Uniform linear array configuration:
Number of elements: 16
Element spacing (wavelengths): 0.75
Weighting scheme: cosine
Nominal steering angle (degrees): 45
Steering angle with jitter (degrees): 45.823
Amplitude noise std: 0.05
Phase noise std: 0.05

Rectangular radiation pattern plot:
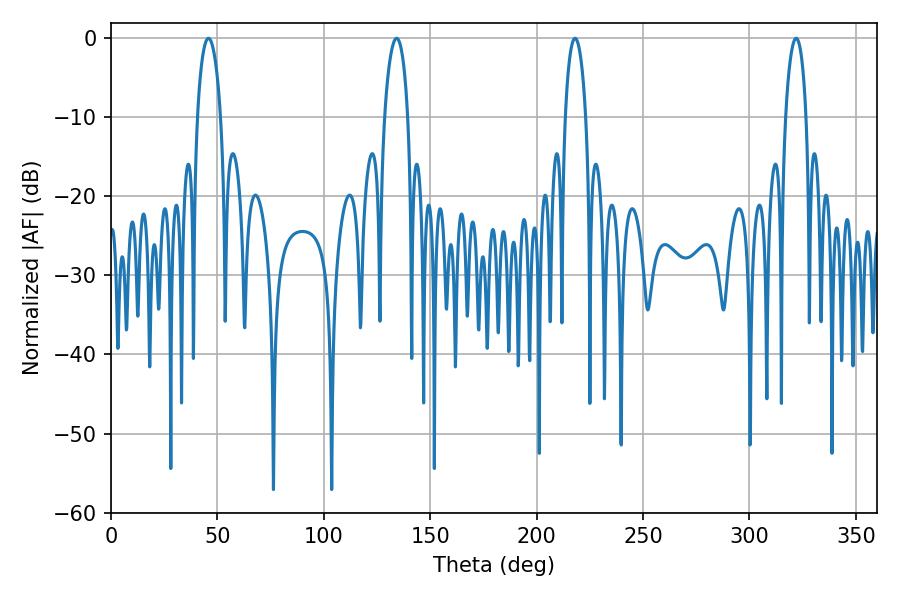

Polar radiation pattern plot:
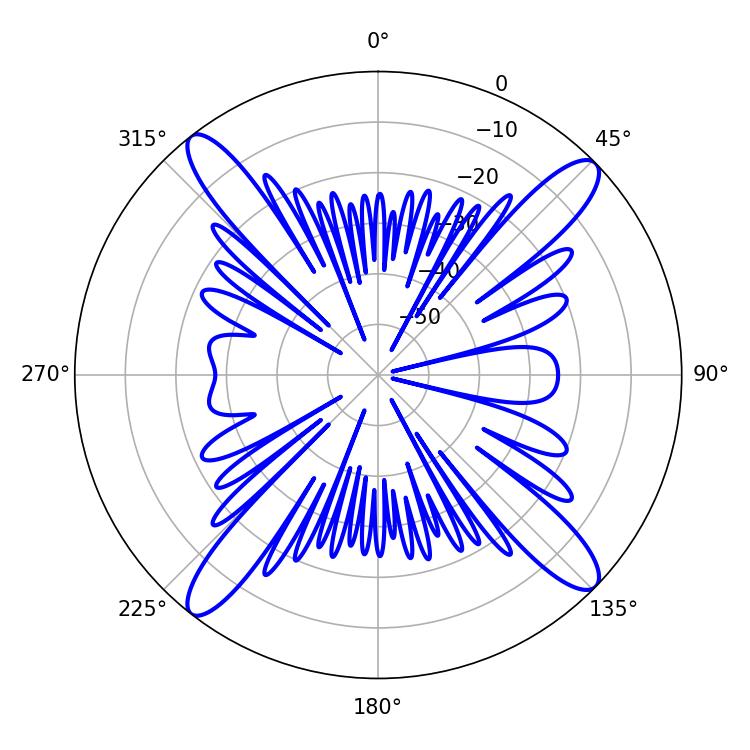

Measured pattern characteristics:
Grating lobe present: TRUE
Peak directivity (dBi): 16.804
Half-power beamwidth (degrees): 6.12
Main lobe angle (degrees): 45.72